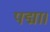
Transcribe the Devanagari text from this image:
पद्मा।